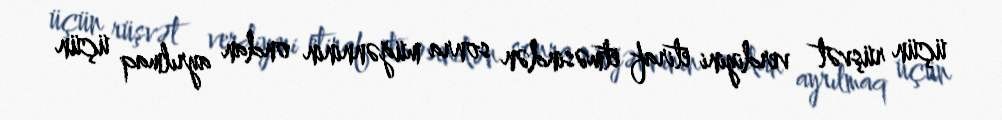
üçün rüşvət verdiyini etiraf etməsindən sonra müğənninin ondan ayrılmaq üçün